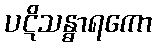
ပဋိသန္ဓာရကော